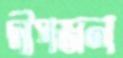
দীপজল